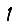
Digit: 1